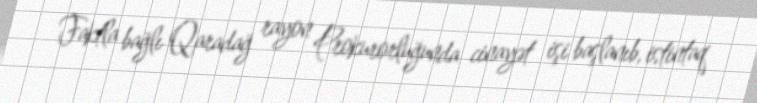
Faktla bağlı Qaradağ rayon Prokurorluğunda cinayət işi başlanıb, istintaq